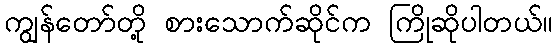
ကျွန်တော်တို့ စားသောက်ဆိုင်က ကြိုဆိုပါတယ်။